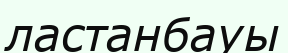
ластанбауы